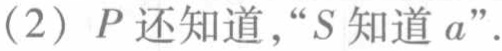
(2) \(P\)还知道，“\(S\)知道\(a\)” .